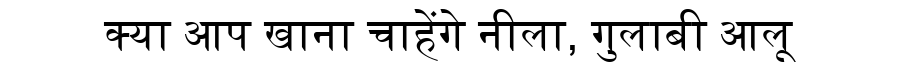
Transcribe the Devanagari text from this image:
क्या आप खाना चाहेंगे नीला, गुलाबी आलू